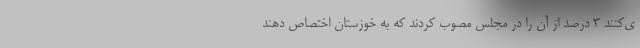
ی‌کنند ۳ درصد از آن را در مجلس مصوب کردند که به خوزستان اختصاص دهند